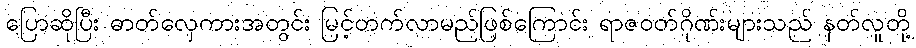
ပြောဆိုပြီး ဓာတ်လှေကားအတွင်း မြင့်တက်လာမည်ဖြစ်ကြောင်း ရာဇဝတ်ဂိုဏ်းများသည် နတ်လူတို့